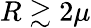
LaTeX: R\gtrsim 2\mu